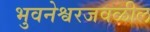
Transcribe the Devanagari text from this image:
भुवनेश्वरजवळील